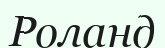
Роланд